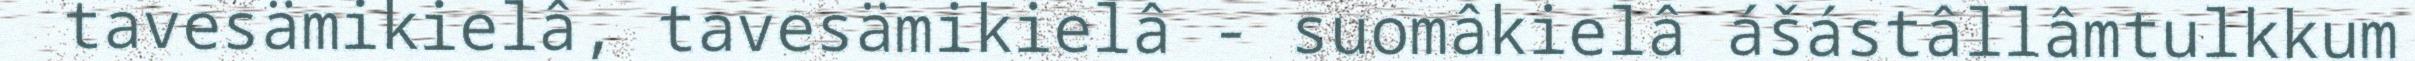
tavesämikielâ, tavesämikielâ - suomâkielâ ášástâllâmtulkkum